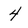
Character: 4